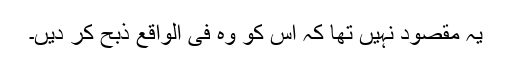
یہ مقصود نہیں تھا کہ اس کو وہ فی الواقع ذبح کر دیں۔